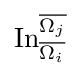
\operatorname {In} _{\overline {\Omega _{i}}}^{\overline {\Omega _{j}}}